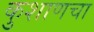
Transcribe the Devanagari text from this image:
कुशाणचा